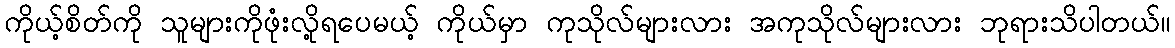
ကိုယ့်စိတ်ကို သူများကိုဖုံးလို့ရပေမယ့် ကိုယ်မှာ ကုသိုလ်များလား အကုသိုလ်များလား ဘုရားသိပါတယ်။